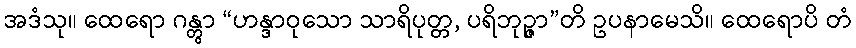
အဒံသု။ ထေရော ဂန္တွာ “ဟန္ဒာဝုသော သာရိပုတ္တ, ပရိဘုဉ္ဇာ”တိ ဥပနာမေသိ။ ထေရောပိ တံ